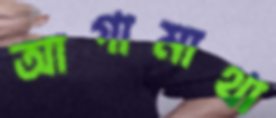
আগামাথা